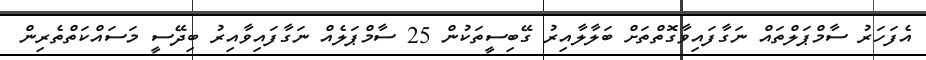
އެފަހަރު ސާމްޕަލްތައް ނަގާފައިވާގޮތްތަށް ބަލާލާއިރު ގޭބިސީތަކުން 25 ސާމްޕަލެއް ނަގާފައިވާއިރު ބިދޭސީ މަސައްކަތްތެރިން